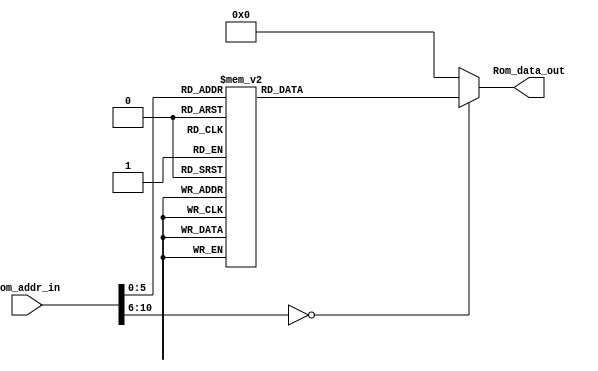
module Program_Rom(Rom_data_out, Rom_addr_in);

//---------
    output [13:0] Rom_data_out;
    input [10:0] Rom_addr_in; 
//---------
    
    reg   [13:0] data;
    wire  [13:0] Rom_data_out;
    
    always @(Rom_addr_in)
        begin
            case (Rom_addr_in)
                10'h0 : data = 14'h3015;
                10'h1 : data = 14'h00A5;
                10'h2 : data = 14'h3024;
                10'h3 : data = 14'h00A4;
                10'h4 : data = 14'h2024;
                10'h5 : data = 14'h0825;
                10'h6 : data = 14'h008D;
                10'h7 : data = 14'h3015;
                10'h8 : data = 14'h00A5;
                10'h9 : data = 14'h3023;
                10'ha : data = 14'h00A4;
                10'hb : data = 14'h2024;
                10'hc : data = 14'h0825;
                10'hd : data = 14'h008D;
                10'he : data = 14'h3010;
                10'hf : data = 14'h00A5;
                10'h10 : data = 14'h301C;
                10'h11 : data = 14'h00A4;
                10'h12 : data = 14'h2024;
                10'h13 : data = 14'h0825;
                10'h14 : data = 14'h008D;
                10'h15 : data = 14'h300E;
                10'h16 : data = 14'h00A5;
                10'h17 : data = 14'h302A;
                10'h18 : data = 14'h00A4;
                10'h19 : data = 14'h2024;
                10'h1a : data = 14'h0825;
                10'h1b : data = 14'h008D;
                10'h1c : data = 14'h3007;
                10'h1d : data = 14'h00A5;
                10'h1e : data = 14'h301D;
                10'h1f : data = 14'h00A4;
                10'h20 : data = 14'h2024;
                10'h21 : data = 14'h0825;
                10'h22 : data = 14'h008D;
                10'h23 : data = 14'h2823;
                10'h24 : data = 14'h202E;
                10'h25 : data = 14'h0824;
                10'h26 : data = 14'h00A5;
                10'h27 : data = 14'h0823;
                10'h28 : data = 14'h00A4;
                10'h29 : data = 14'h00A2;
                10'h2a : data = 14'h03A2;
                10'h2b : data = 14'h1FA2;
                10'h2c : data = 14'h33F7;
                10'h2d : data = 14'h0008;
                10'h2e : data = 14'h0824;
                10'h2f : data = 14'h02A5;
                10'h30 : data = 14'h1FA5;
                10'h31 : data = 14'h33FC;
                10'h32 : data = 14'h0825;
                10'h33 : data = 14'h0724;
                10'h34 : data = 14'h00A3;
                10'h35 : data = 14'h0008;
                default: data = 14'h0;   
            endcase
        end

     assign Rom_data_out = data;

endmodule